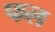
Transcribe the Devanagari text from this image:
फल